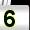
Digit: 5